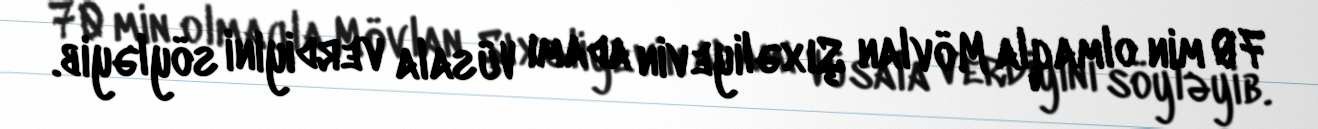
70 min olmaqla Mövlan Şıxəliyevin adamı Vüsala verdiyini söyləyib.